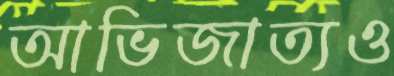
আভিজাত্যও